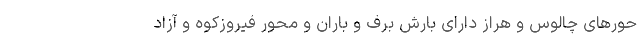
حورهای چالوس و هراز دارای بارش برف و باران و محور فیروزکوه و آزاد